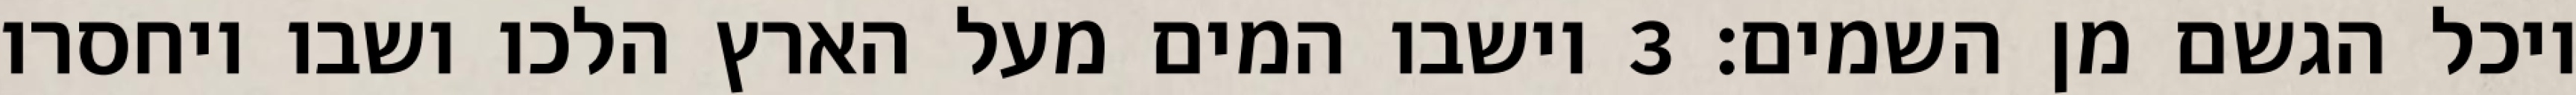
ויכל הגשם מן השמים׃ ‎3‏ וישבו המים מעל הארץ הלכו ושבו ויחסרו